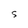
Character: S